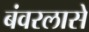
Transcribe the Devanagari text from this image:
बंवरलासे